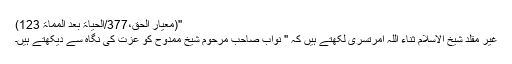
''(معیار الحق،377/الحیاۃ بعد المماۃ 123)
غیر مقلد شیخ الاسلام ثناء اللہ امرتسری لکھتے ہیں کہ '' نواب صاحب مرحوم شیخ ممدوح کو عزت کی نگاہ سے دیکھتے ہیں۔